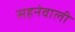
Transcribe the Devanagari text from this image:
सहनेवाली